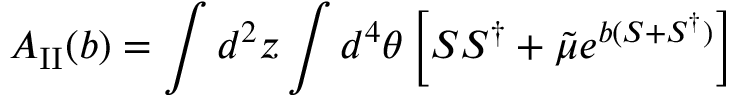
{ \cal A } _ { \mathrm { I I } } ( b ) = \int d ^ { 2 } z \int d ^ { 4 } \theta \left[ S S ^ { \dagger } + { \tilde { \mu } } e ^ { b ( S + S ^ { \dagger } ) } \right]